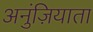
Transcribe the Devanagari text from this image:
अनुंज़ियाता